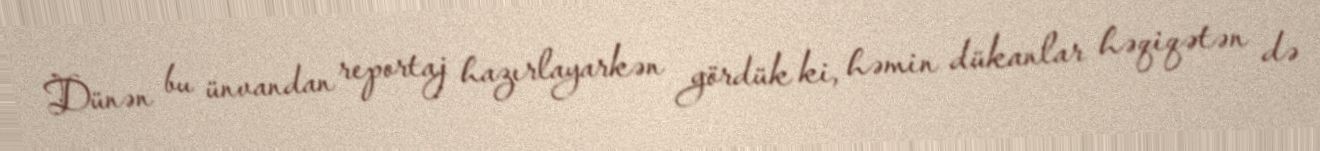
Dünən bu ünvandan reportaj hazırlayarkən gördük ki, həmin dükanlar həqiqətən də